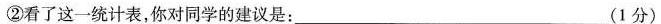
②看了这一统计表，你对同学的建议是：___(1分)